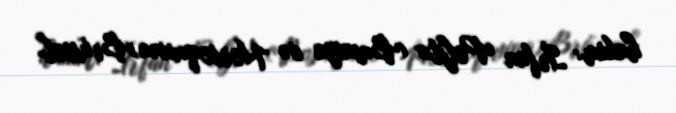
hakim: İrfan Peljto (Bosniya və Herseqovina)Brüssel.